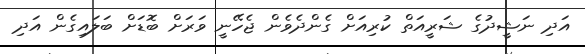
އަދި ނަޝީދުގެ ޝަރީއަތް ކުރިއަށް ގެންދެވެން ޖެހޭނީ ވަރަށް ބޮޑަށް ބަލައިގެން އަދި